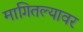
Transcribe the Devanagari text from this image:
मागितल्यावर